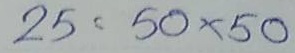
25 = 50 x 50